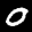
Label: 0